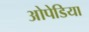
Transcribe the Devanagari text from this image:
ओपेडिया